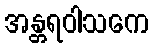
အန္တရဝါသကေ